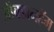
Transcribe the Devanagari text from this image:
ऑक्झनहॅम